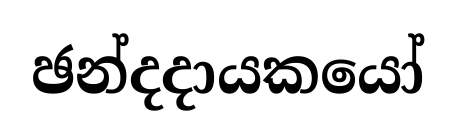
ඡන්දදායකයෝ